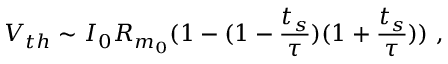
V _ { t h } \sim I _ { 0 } R _ { m _ { 0 } } ( 1 - ( 1 - \frac { t _ { s } } { \tau } ) ( 1 + \frac { t _ { s } } { \tau } ) ) ~ ,